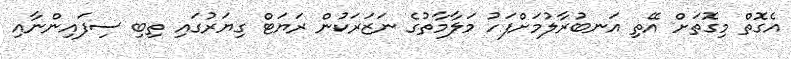
އެގޮތް މިގޮތަށް އޭތި އަނބުރާލުމަށްފަހު މަލާމާތުގެ ނަޒަރަކުން ރަޔަޓް ގިޔަރުގައި ތިބި ސިފައިންނާއި